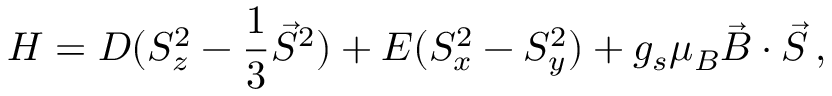
H = D ( S _ { z } ^ { 2 } - \frac { 1 } { 3 } \vec { S } ^ { 2 } ) + E ( S _ { x } ^ { 2 } - S _ { y } ^ { 2 } ) + g _ { s } \mu _ { B } \vec { B } \cdot \vec { S } \, ,